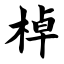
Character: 棹